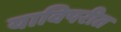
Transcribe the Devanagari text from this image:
याविपरीत